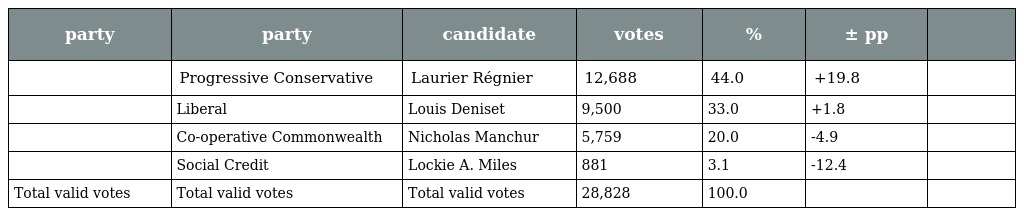
| party | party | candidate | votes | % | ± pp |  |
 | --- | --- | --- | --- | --- | --- | --- |
 |  | Progressive Conservative | Laurier Régnier | 12,688 | 44.0 | +19.8 |  |
 |  | Liberal | Louis Deniset | 9,500 | 33.0 | +1.8 |  |
 |  | Co-operative Commonwealth | Nicholas Manchur | 5,759 | 20.0 | -4.9 |  |
 |  | Social Credit | Lockie A. Miles | 881 | 3.1 | -12.4 |  |
 | Total valid votes | Total valid votes | Total valid votes | 28,828 | 100.0 |  |  |